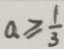
a \geq \frac { 1 } { 3 }